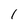
Character: l